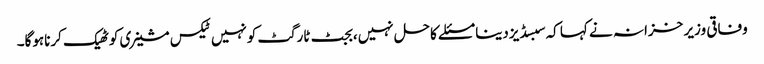
وفاقی وزیر خزانہ نے کہا کہ سبسڈیزدینا مسئلے کاحل نہیں،بجٹ ٹارگٹ کونہیں ٹیکس مشینری کوٹھیک کرناہوگا۔